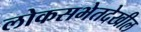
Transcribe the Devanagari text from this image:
लोकसभेतदेखील